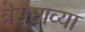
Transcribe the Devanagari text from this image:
त्रेसष्टाव्या